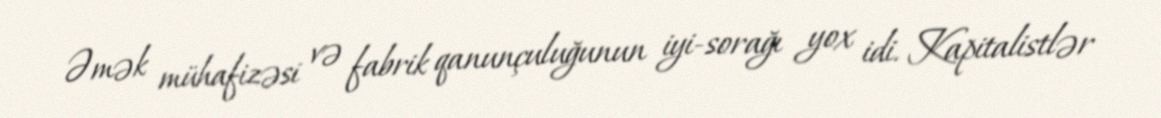
Əmək mühafizəsi və fabrik qanunçuluğunun iyi-sorağı yox idi. Kapitalistlər